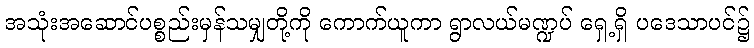
အသုံးအဆောင်ပစ္စည်းမှန်သမျှတို့ကို ကောက်ယူကာ ရွာလယ်မဏ္ဍပ် ရှေ့ရှိ ပဒေသာပင်၌